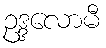
ဥဒ္ဒလောမီ